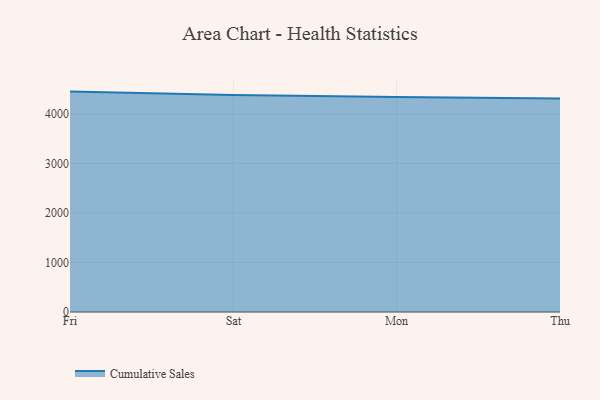
{"axis": {"x": "Day", "y": "Latency (ms)"}, "legend": ["Cumulative Sales"], "data": [{"x": "Fri", "y": 4451.1, "type": "Cumulative Sales"}, {"x": "Sat", "y": 4380.9, "type": "Cumulative Sales"}, {"x": "Mon", "y": 4340.0, "type": "Cumulative Sales"}, {"x": "Thu", "y": 4313.0, "type": "Cumulative Sales"}]}